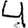
Digit: 4